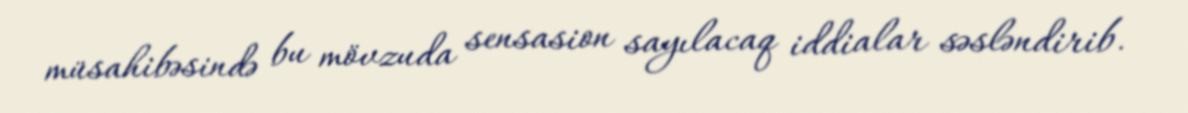
müsahibəsində bu mövzuda sensasion sayılacaq iddialar səsləndirib.